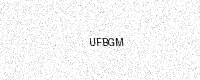
Text: UFBGM